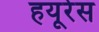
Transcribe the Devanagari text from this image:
हयूरेस